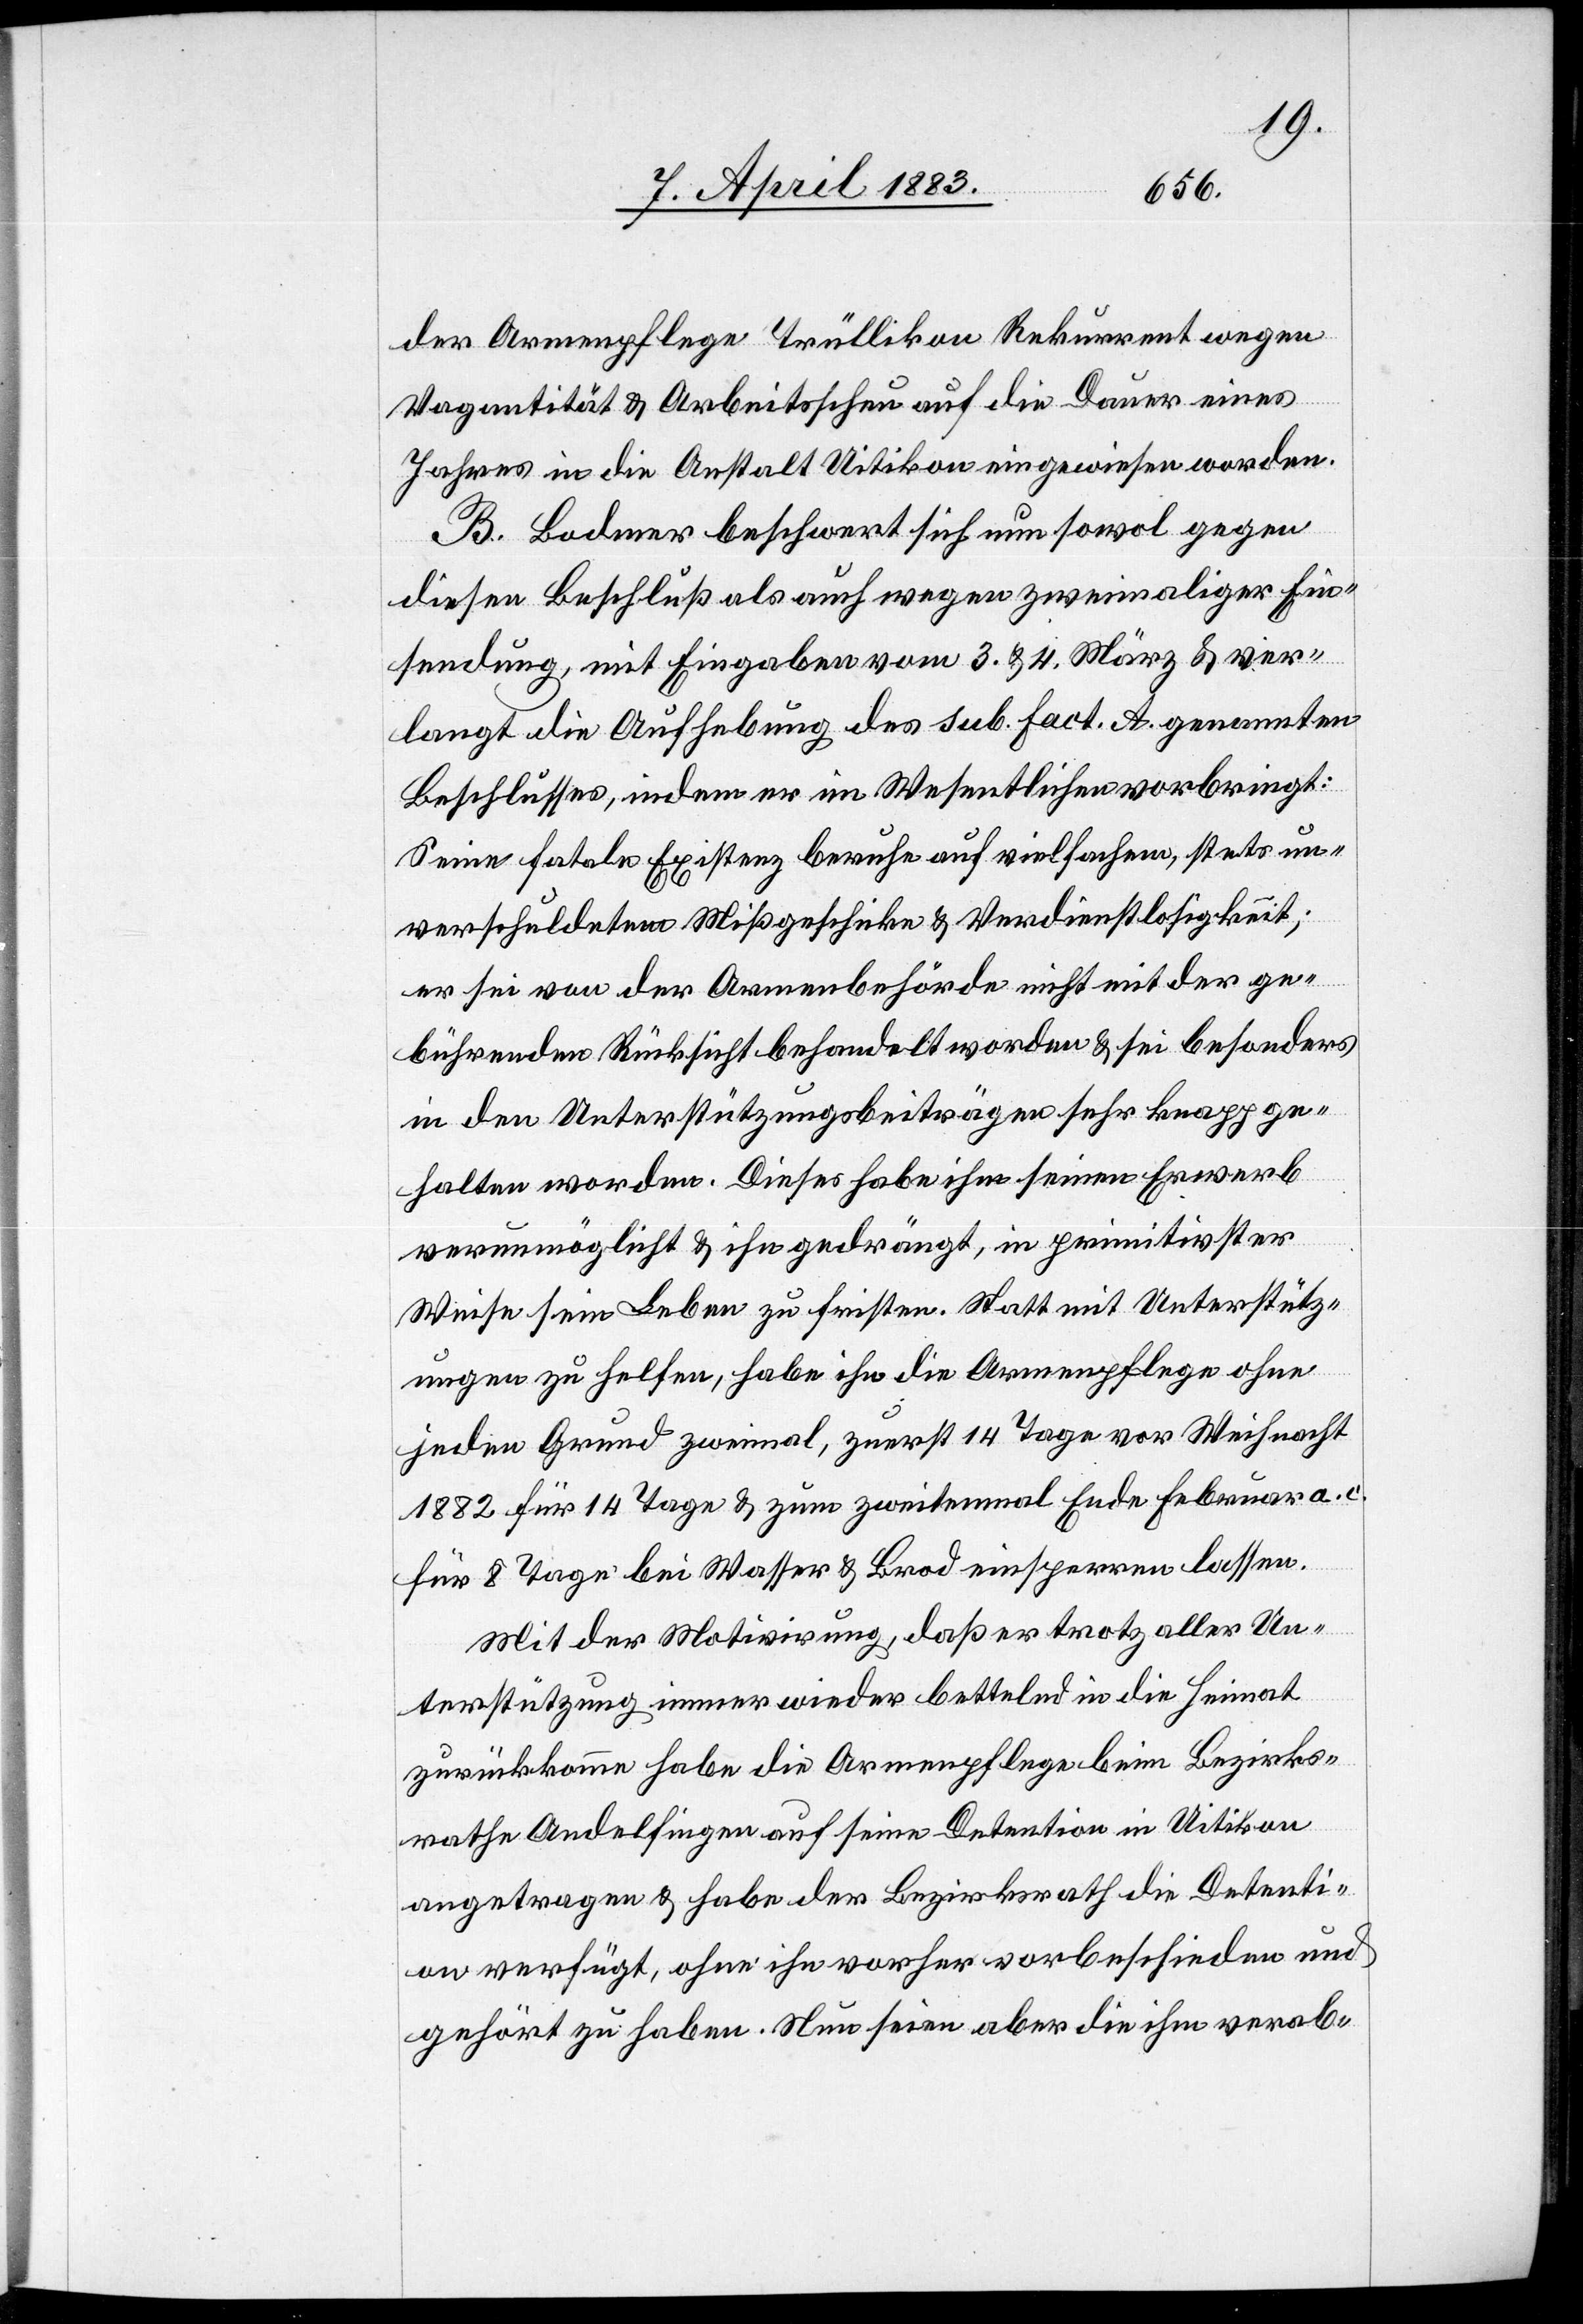
der Armenpflege Trüllikon Rekurrent wegen
Vagantität & Arbeitsscheu auf die Dauer eines
Jahres in die Anstalt Uitikon eingewiesen worden.
B. Bodmer beschwer sich nun sowol gegen
diesen Beschluß als auch wegen zweimaliger Ein¬
sendung, mit Eingaben vom 3. & 4. März & ver¬
langt die Aufhebung des sub. fact. A. genannten
Beschlusses, indem er im Wesentlichen vorbringt:
Seine fatale Existenz beruhe auf vielfachem, stets un¬
verschuldetem Missgeschicke & Verdienstlosigkeit;
er sei von der Armenbehörde nicht mit der ge¬
bührenden Rücksicht behandelt worden & sei besonders
in den Unterstützungsbeiträgen sehr knapp ge¬
halten worden. Dieses habe ihm seinen Erwerb
verunmöglicht & ihn gedrängt, in primitivster
Weise sein Leben zu fristen. Statt mit Unterstütz¬
ungen zu helfen, habe ihn die Armenpflege ohne
jeden Grund zweimal, zuerst 14 Tage vor Weihnacht
für 14 Tage bei Wasser & Brod einsperren lassen.
Mit der Motivirung, daß er trotz aller Un¬
terstützung immer wieder bettelnd in die Heimat
zurückkomme habe die Armenpflege beim Bezirks¬
rath Andelfingen auf seine Detention in Uitikon
angetragen & habe der Bezirksrath die Detenti¬
on verfügt, ohne ihn vorher vorbeschieden und
gehört zu haben. Nun seien aber die ihm verab-